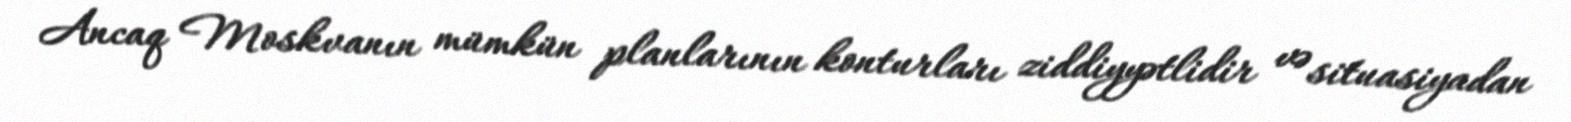
Ancaq Moskvanın mümkün planlarının konturları ziddiyyətlidir və situasiyadan